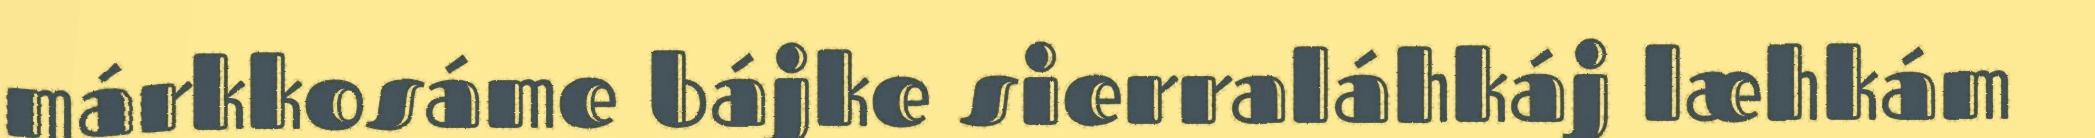
márkkosáme bájke sierraláhkáj læhkám